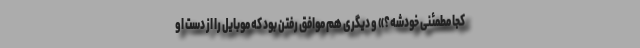
کجا مطمئنی خودشه؟» و دیگری هم موافق رفتن بود که موبایل را از دست او